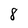
Character: 8